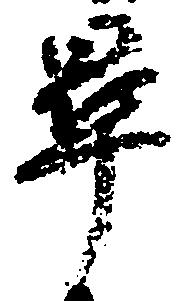
畢